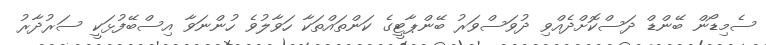
ސެމިޑޯން ބޭންޑް ދަސްކޮށްދެއްވި ދުވަސްވަރު ބޭންޕާޓީގެ ކަންތައްތަކާ ހަވާލުވެ ހުންނަވާ އިސްބޭފުޅަކީ ސަރުދާރު